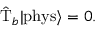
\hat { \mathrm { T } } _ { b } | \mathrm { p h y s } \rangle = 0 .